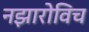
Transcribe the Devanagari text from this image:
नझारोविच